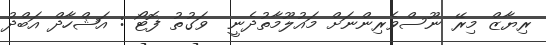
ރިޔާޒް މިރޭ ނޫސްވެރިންނަށް މައުލޫމާތުދެނީ  ވަގުތު ފޮޓޯ : އަޝްހާދް އަބްދު